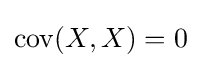
\operatorname {cov} (X,X)=0